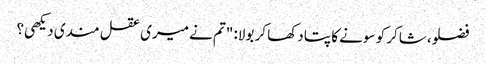
فضلو، شاکر کو سونے کا پتا دکھا کر بولا: "تم نے میری عقل مندی دیکھی؟